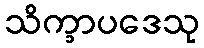
သိက္ခာပဒေသု